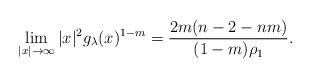
LaTeX: \begin{align*}\lim_{|x|\to\infty}|x|^2g_{\lambda}(x)^{1-m}=\frac{2m(n-2-nm)}{(1-m)\rho_1}.\end{align*}